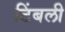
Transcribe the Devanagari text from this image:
टिंबली